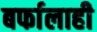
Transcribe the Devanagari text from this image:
बर्फालाही